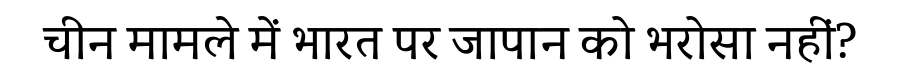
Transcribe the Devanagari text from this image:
चीन मामले में भारत पर जापान को भरोसा नहीं?